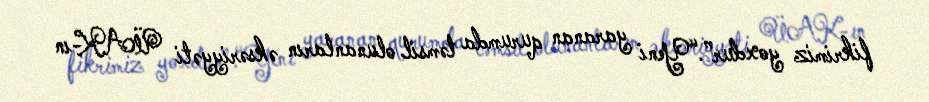
fikrimiz yoxdur”.“Yeni yaranan qurumda təmsil olunanların əksəriyyəti ÜAK-ın